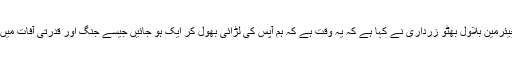
پاکستان پیپلز پارٹی کے چیئرمین بلاول بھٹو زرداری نے کہا ہے کہ یہ وقت ہے کہ ہم آپس کی لڑائی بھول کر ایک ہو جائیں جیسے جنگ اور قدرتی آفات میں ہم سب ایک ہو جاتے ہیں۔